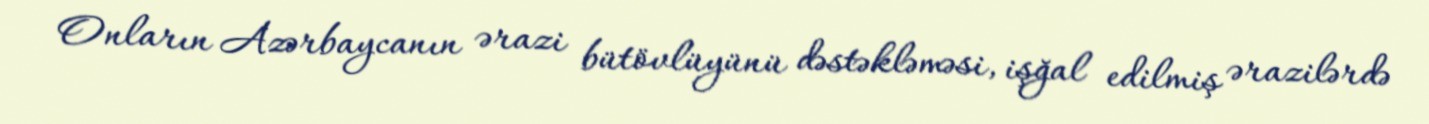
Onların Azərbaycanın ərazi bütövlüyünü dəstəkləməsi, işğal edilmiş ərazilərdə